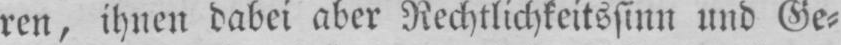
ren, ihnen dabei aber Rechtlichkietssinn und Ge⸗